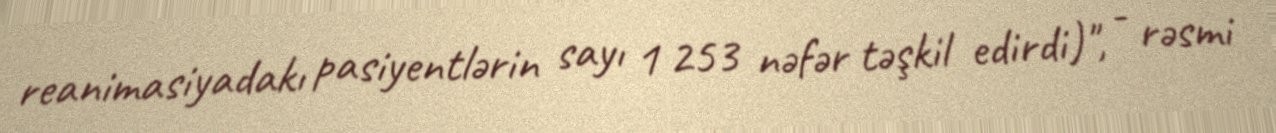
reanimasiyadakı pasiyentlərin sayı 1 253 nəfər təşkil edirdi)", - rəsmi